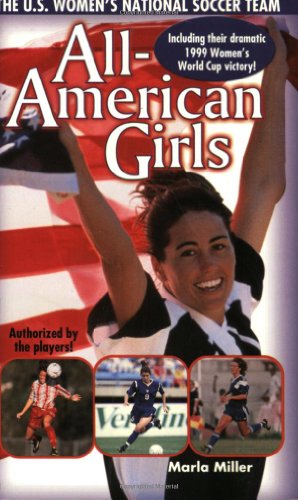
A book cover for All American Girls: The USA National Soccer Team; Marla Miller; Children's Books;